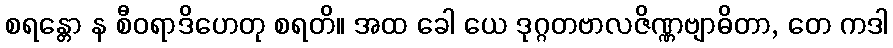
စရန္တော န စီဝရာဒိဟေတု စရတိ။ အထ ခေါ ယေ ဒုဂ္ဂတဗာလဇိဏ္ဏဗျာဓိတာ, တေ ကဒါ